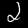
Label: 2